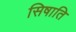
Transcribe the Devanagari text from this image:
सिषाति